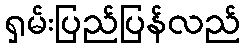
ရှမ်းပြည်ပြန်လည်